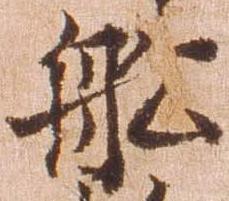
船